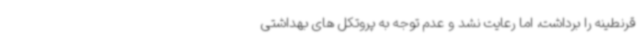
قرنطینه را برداشت، اما رعایت نشد و عدم توجه به پروتکل های بهداشتی